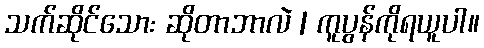
သက်ဆိုင်သော: ဆိုတာဘာလဲ | ကူပွန်ကိုရယူပါ။